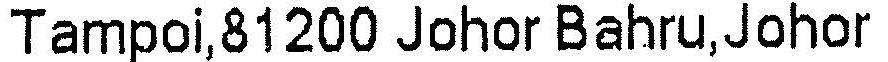
TAMPOI,81200 JOHOR BAHRU,JOHOR